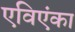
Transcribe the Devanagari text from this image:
एविएंका